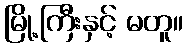
မြို့ကြီးနှင့် မတူ။